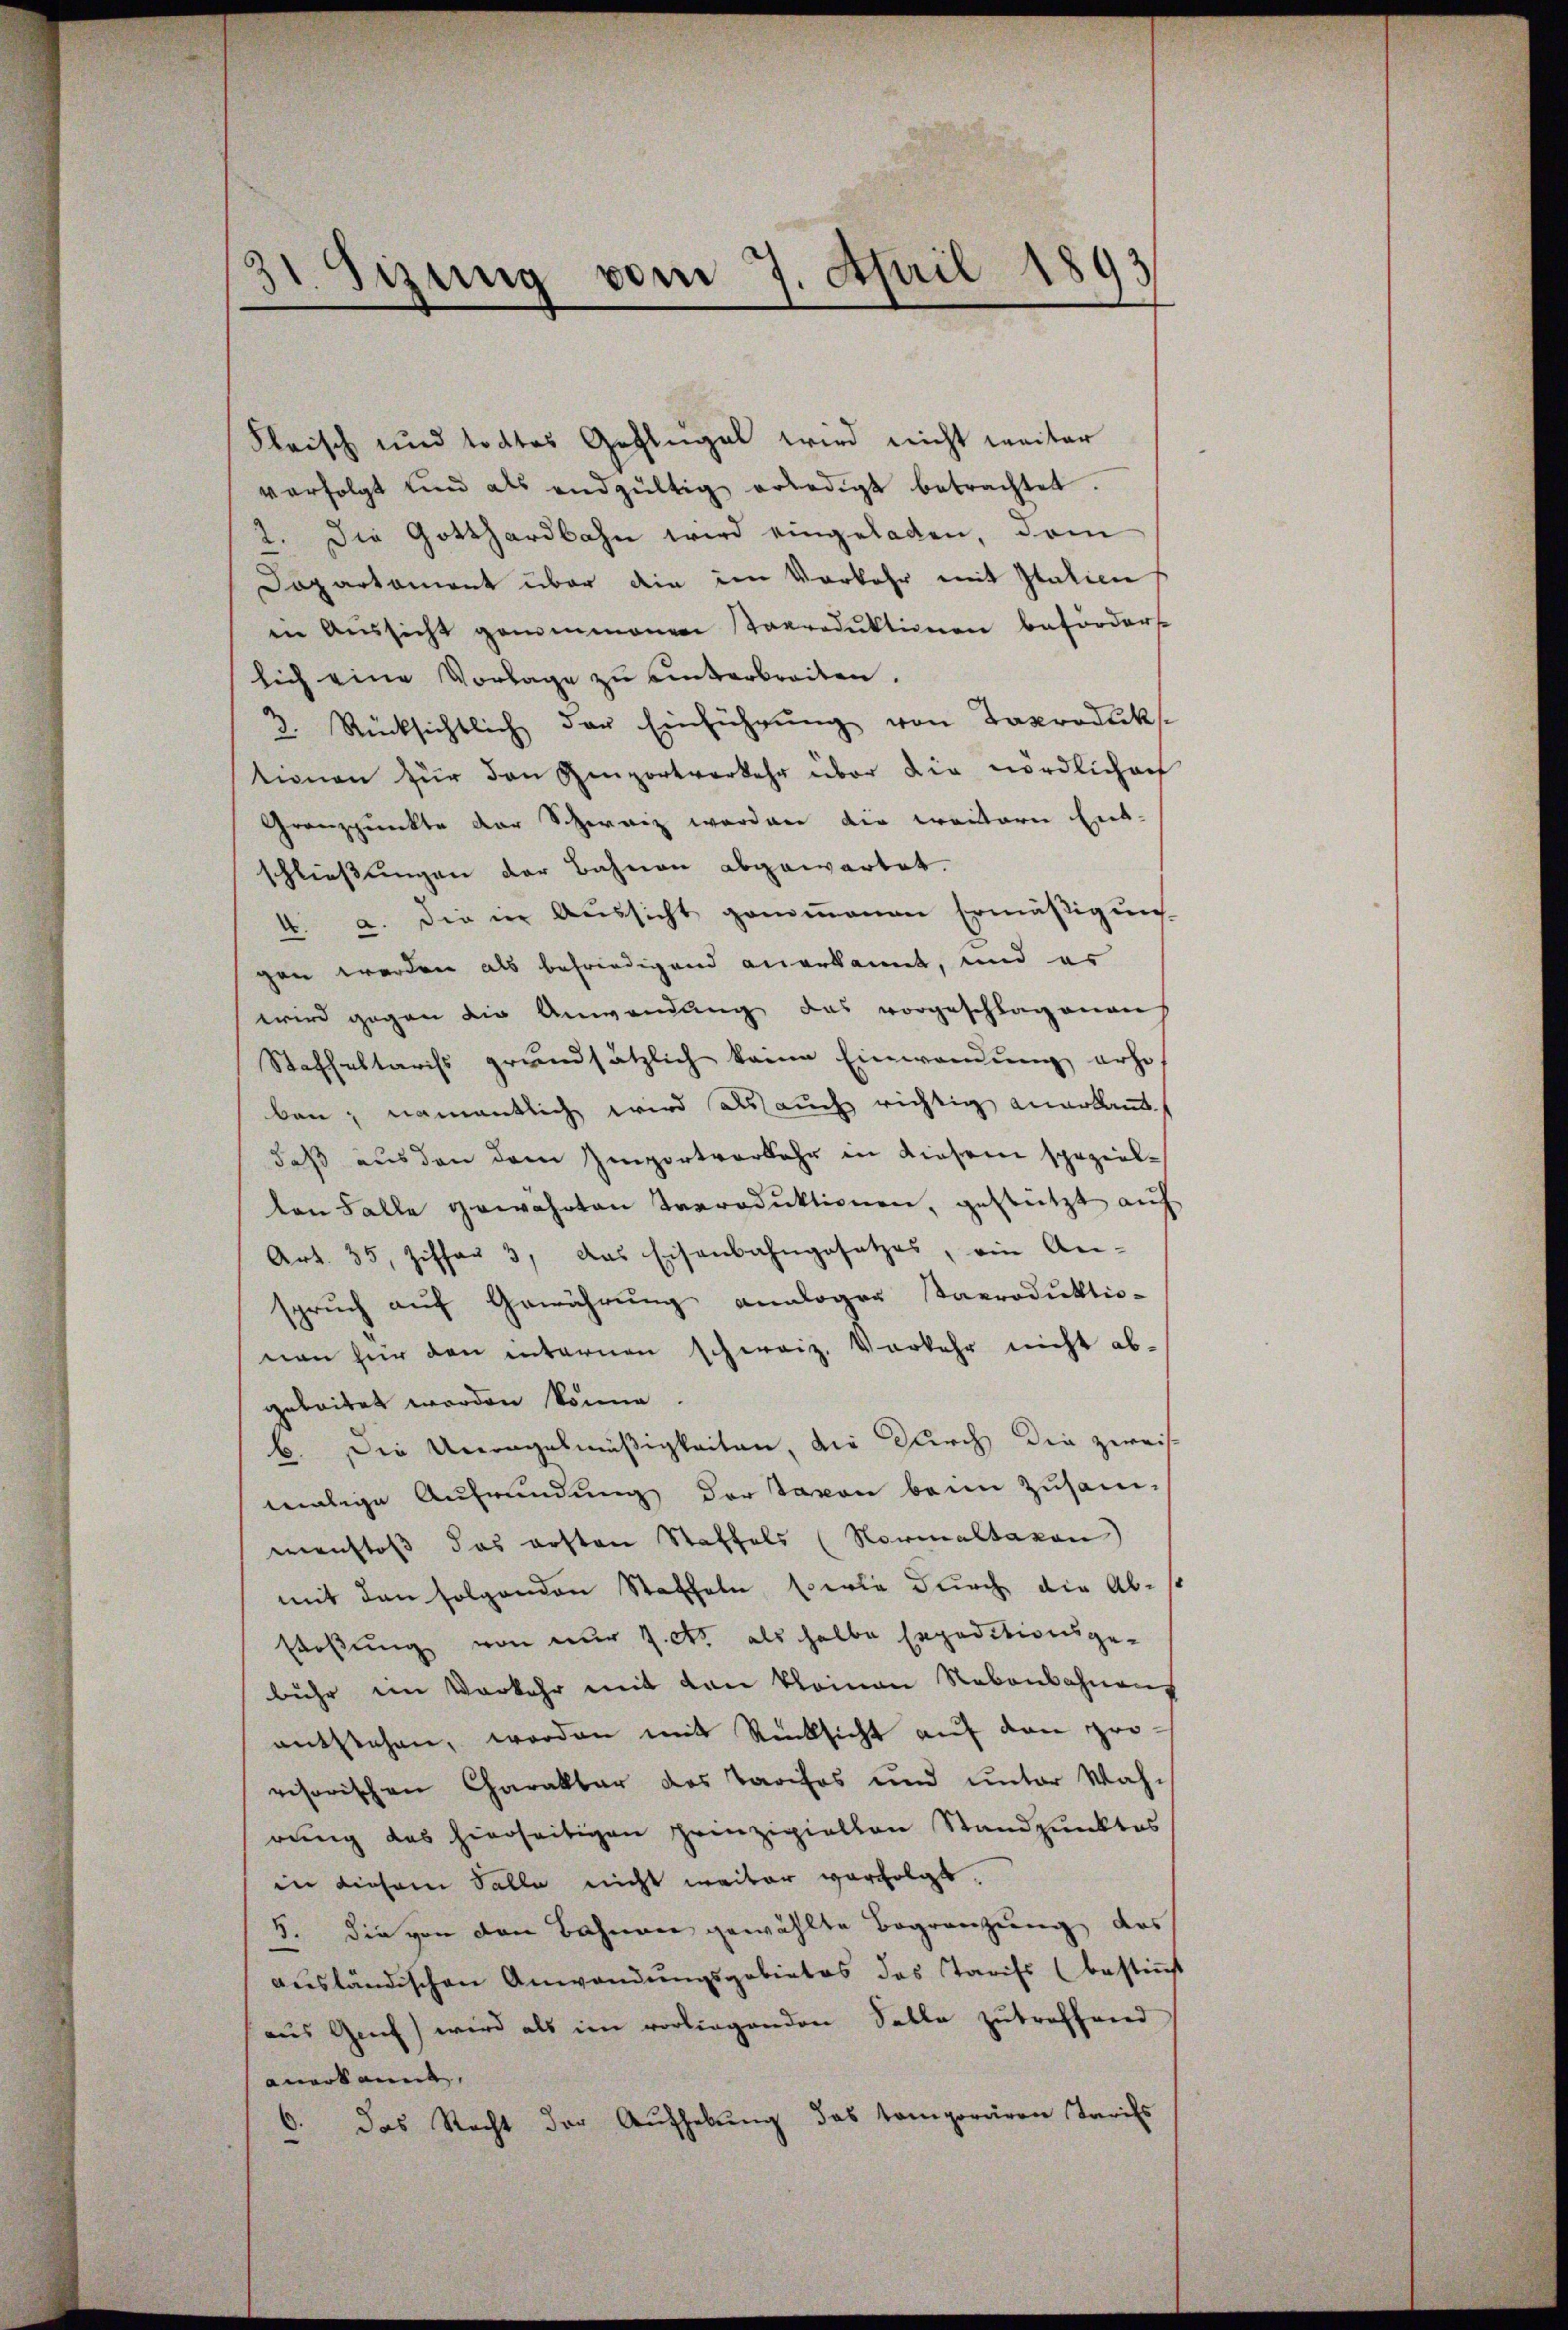
dt. Sizung vom 7. April 1893

Fleisch und todtes Geflügel wird nicht weiter
verfolgt und als endgültig erledigt betrachtet.
2. Die Gotthardbahn wird eingeladen, dem
Dapartament über die im Vorkehr mit Italien
in Aussicht genommenen Taproduktionen befordert.
lich eine Vorlage zu einterbreiten.
2. Rücksichtlich der Einführŭng von Taproduk
tionen zŭr den Geportverkehr über die nördlicher
Granzpunkte der Schweiz werden die weitern Ent-
schließungen der Bahnen abgewartet.
4. a. Die in Aussicht genomenen Ermäßigung
gen werden als befriedigend anerkannt, und es
wird gegen die Anwendung das vorgeschlagenen
Staffeltariss grundsätzlich keine Einwandung erho
ben; namentlich wird als auch richtig anerkant.
daß aus den dem Importverkehr in dieser spezielten Falle gewahrten Terroduktionen, gestützt auf
Art. 35, Ziffer 3, das Eisenbahngesetzes, ein An-
spruch auf Gewährung analoger Paproduktio-
nen für den internen schweiz. Vorkehr nicht ab-
geleitet werden könne.
b. Die Unregelmäßigkeiten, die Kirch die zweife
malige Aufründung der Taxon beim Zusam-
manstoß das ersten Staffels (Normaltaxen
mit den folgenden Staffeln serie durch die Abstossung von nur 1. c. als halbe Expeditionsgebuhr im Vorkehr mit den kleinen Nebenbahnens
entstehen, worden mit Rücksicht auf den pri
visorischen Charakter das Tarifos und unter Wahrung das hierseitigen prinzipiellen Standpunktes
in diesem Salle nicht weiter verfolgt.
5. die von den Bahnen gewählte Begränzung das
aŭsländischen Anwendŭngsgebietes das Tarifs (bestimmt
aus Genf) wird als im vorliegenden Solle zutreffend
anerkannt,
6. Das Recht der Aufhebŭng das temporären Tarifs